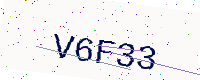
Text: V6F33